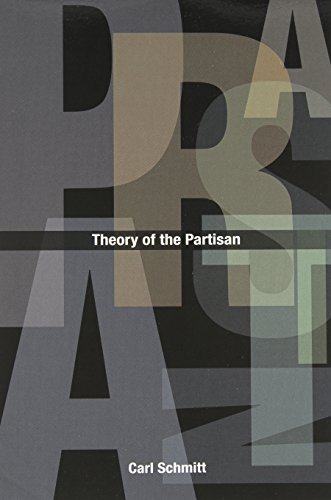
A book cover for Theory of the Partisan: Intermediate Commentary on the Concept of the Political; Carl Schmitt; Engineering & Transportation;